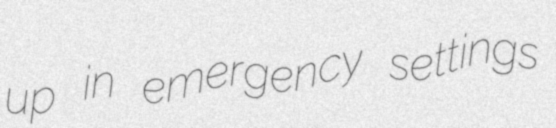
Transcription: up in emergency settings